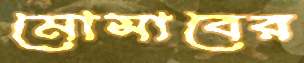
মোসাবের